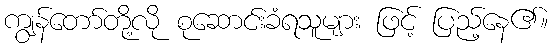
ကျွန်တော်တို့လို စုဆောင်းခံရသူများ ဖြင့် ပြည့်နေ၏။